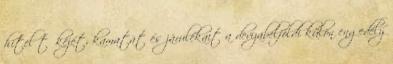
hitel tőkéjét, kamatát és járulékait a devizabelföldi külön engedély